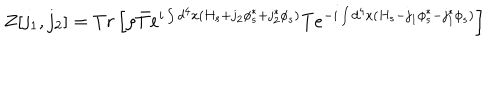
Z [ j _ { 1 } , j _ { 2 } ] = T r \left[ \rho \bar { T } { e ^ { i \int d ^ { 4 } x ( H _ { s } + j _ { 2 } \phi _ { s } ^ { * } + j _ { 2 } ^ { * } \phi _ { s } ) } } T { e ^ { - i \int d ^ { 4 } x ( H _ { s } - j _ { 1 } \phi _ { s } ^ { \ast } - j _ { 1 } ^ { \ast } \phi _ { s } ) } } \right]